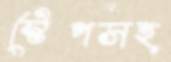
স্টেপসহ